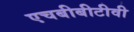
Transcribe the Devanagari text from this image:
एचबीबीटीवी